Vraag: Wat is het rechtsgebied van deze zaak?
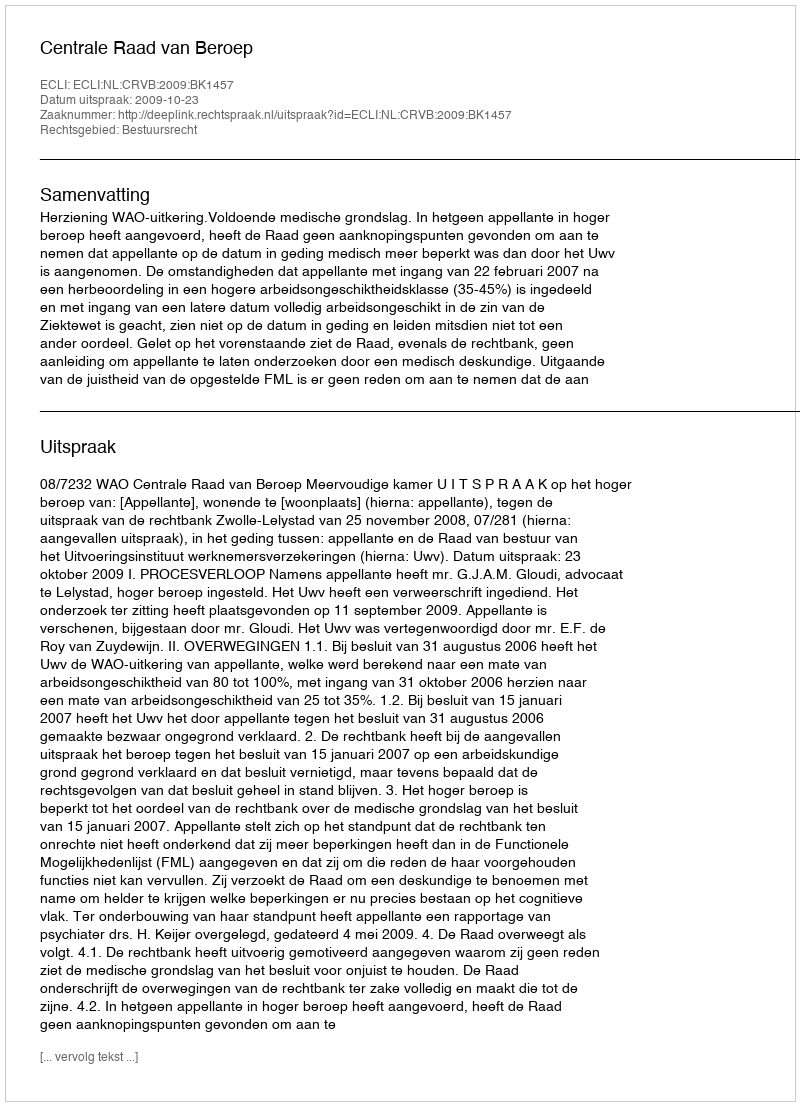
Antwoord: Bestuursrecht